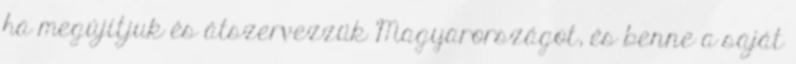
ha megújítjuk és átszervezzük Magyarországot, és benne a saját